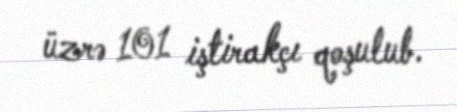
üzrə 101 iştirakçı qoşulub.